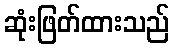
ဆုံးဖြတ်ထားသည်